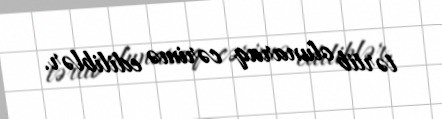
tərtib olunaraq cərimə ediliblər.